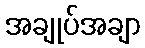
အချုပ်အချာ